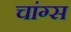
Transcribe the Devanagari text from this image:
चांग्स